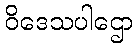
ဝိဒေသပါဌော